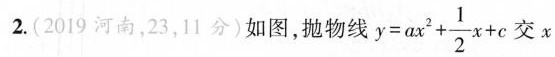
2.(2019河南，23，11分)如图，抛物线$$y = a x ^ { 2 } + \frac { 1 } { 2 } x + c$$ 交x